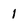
Character: 1